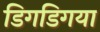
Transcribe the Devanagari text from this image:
डिगडिगया